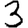
Digit: 3